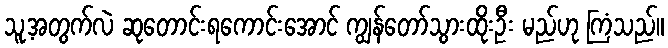
သူ့အတွက်လဲ ဆုတောင်းရကောင်းအောင် ကျွန်တော်သွားထိုးဦး မည်ဟု ကြံသည်။